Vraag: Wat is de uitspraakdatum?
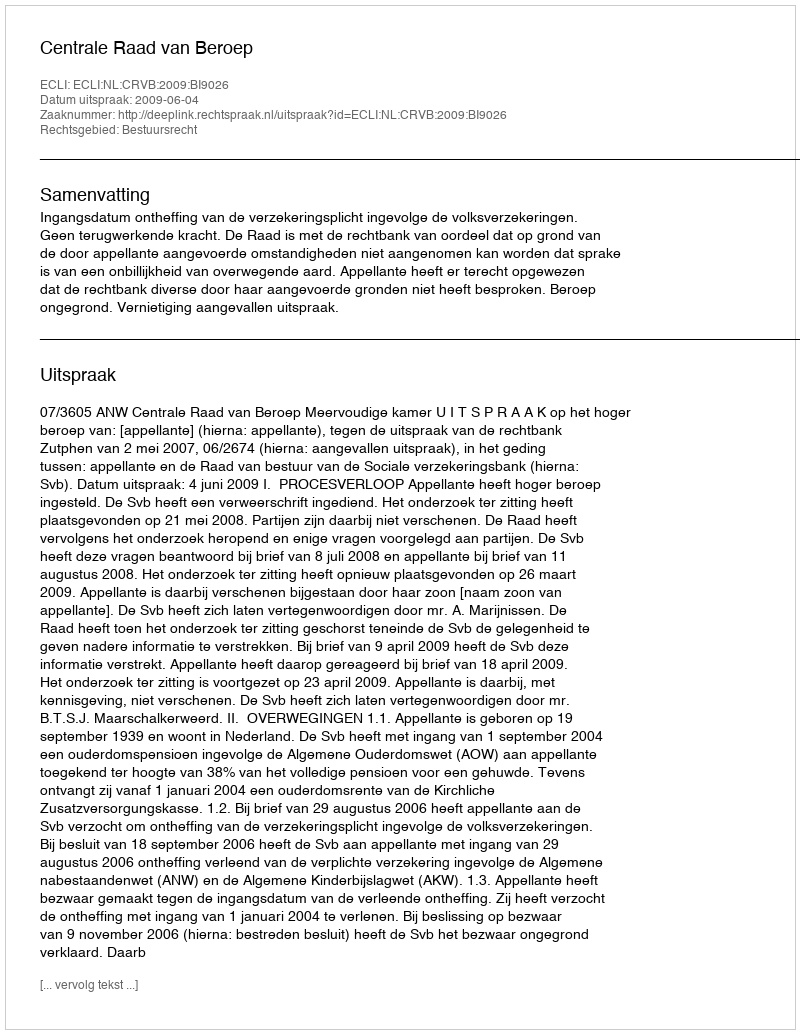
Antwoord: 2009-06-04